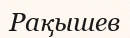
Рақышев